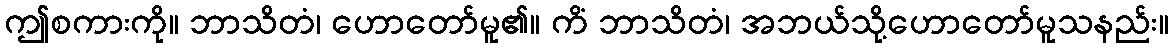
ဤစကားကို။ ဘာသိတံ၊ ဟောတော်မူ၏။ ကိံ ဘာသိတံ၊ အဘယ်သို့ဟောတော်မူသနည်း။